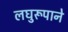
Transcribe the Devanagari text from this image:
लघुरूपाने